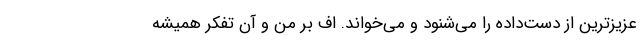
عزیزترین از دست‌داده را می‌شنود و می‌خواند. اف بر من و آن تفکر همیشه